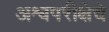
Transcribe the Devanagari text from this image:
अश्वपरीक्षेचे